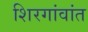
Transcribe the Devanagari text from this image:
शिरगांवांत